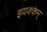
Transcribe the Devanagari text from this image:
इयक्कम्